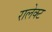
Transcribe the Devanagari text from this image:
रालेक्ट